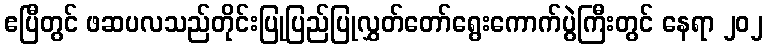
ဧပြီတွင် ဖဆပလသည်တိုင်းပြုပြည်ပြုလွှတ်တော်ရွေးကောက်ပွဲကြီးတွင် နေရာ ၂၀၂